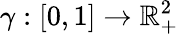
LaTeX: \gamma:[0,1]\to\mathbb{R}_{+}^{2}